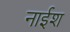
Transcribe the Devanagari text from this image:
नाईश